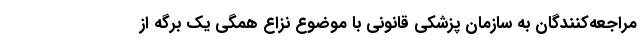
مراجعه‌کنندگان به سازمان پزشکی قانونی با موضوع نزاع همگی یک برگه از